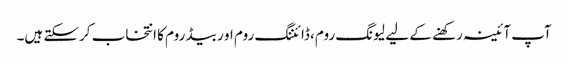
آپ آئینہ رکھنے کے لیے لیونگ روم، ڈائننگ روم او ر بیڈ روم کا انتخاب کرسکتے ہیں۔